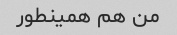
من هم همینطور